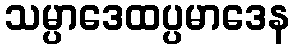
သမ္ပာဒေထပ္ပမာဒေန